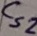
Text: Cs2